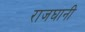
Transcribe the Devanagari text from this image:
राजघानी